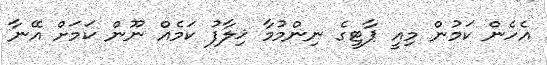
އެހެން ކަމުން މިއީ ޕާޓީގެ ނިންމުމާ ޚިލާފު ކަމެއް ނޫން ކަމަށް އޭނާ